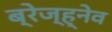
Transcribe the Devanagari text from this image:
ब्रेज्ह्नेव